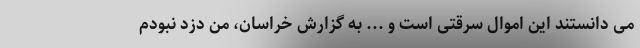
می دانستند این اموال سرقتی است و ... به گزارش خراسان، من دزد نبودم